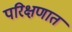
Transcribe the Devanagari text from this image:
परिक्षणात